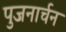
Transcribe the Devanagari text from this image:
पुजनार्चन